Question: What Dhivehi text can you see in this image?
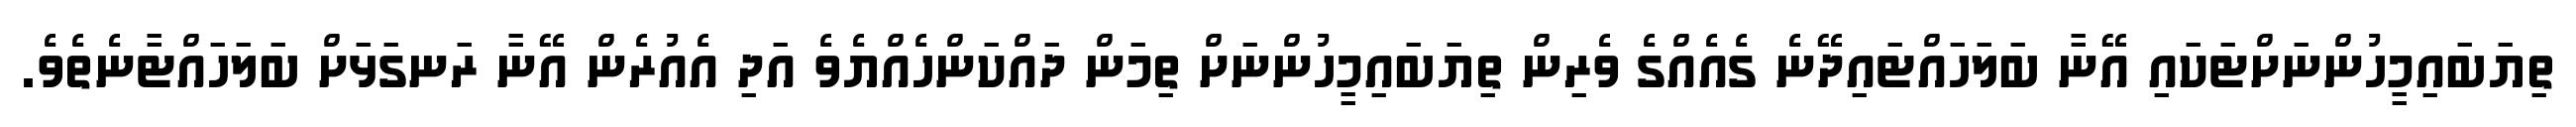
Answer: ތިޔަބައިމީހުންނަށްޓަކައި އޭނާ ބަލަހައްޓައިދޭނެ ގެއެއްގެ ވެރިން ތިޔަބައިމީހުންނަށް ތިމަން ދައްކަންހެއްޔެވެ އަދި އެއުރެން އޭނާ ރަނގަޅަށް ބަލަހައްޓާނެތެވެ.